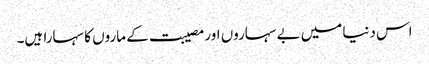
اس دنیا میں بے سہاروں اور مصیبت کے ماروں کا سہارا ہیں۔